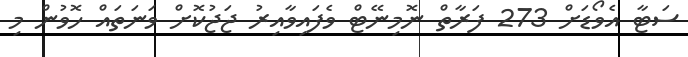
ސަޓާ އެވޯޑަށް 273 ފަރާތް ނޮމިނޭޓް ވެފައިވާއިރު ޖަޖުކޮށް ވަނަތައް ހޮވުން މި